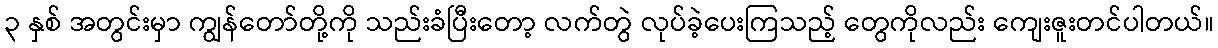
၃ နှစ် အတွင်းမှာ ကျွန်တော်တို့ကို သည်းခံပြီးတော့ လက်တွဲ လုပ်ခဲ့ပေးကြသည့် တွေကိုလည်း ကျေးဇူးတင်ပါတယ်။